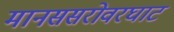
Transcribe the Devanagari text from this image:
मानससरोवरघाट